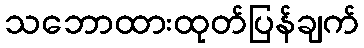
သဘောထားထုတ်ပြန်ချက်